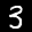
Label: 3